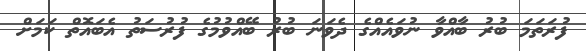
ފުރަތަމަ ބުރު ބާއްވާ ނުވައެއްގެ ދެވަނަ ބުރު ބޭއްވުމުގެ ފުރުސަތު އެބައޮތް ކަމަށް